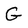
Character: G